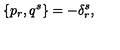
\{ p _ { r } , q ^ { s } \} = - \delta _ { r } ^ { s } ,